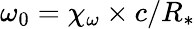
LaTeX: \omega_{0}=\chi_{\omega}\times c/R_{*}